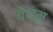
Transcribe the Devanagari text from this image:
वाड्म